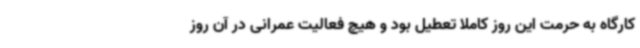
کارگاه به حرمت این روز کاملا تعطیل بود و هیچ فعالیت عمرانی در آن روز